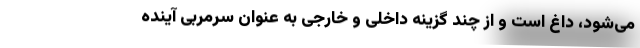
می‌شود، داغ است و از چند گزینه داخلی و خارجی به عنوان سرمربی آینده